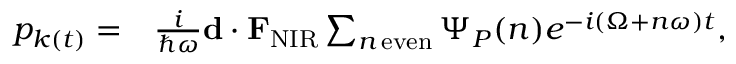
\begin{array} { r l } { p _ { k ( t ) } = } & { { } \frac { i } { \hbar \omega } { \bf d } \cdot { \bf F } _ { \mathrm { N I R } } \sum _ { n \, \mathrm { e v e n } } \Psi _ { P } ( n ) e ^ { - i ( \Omega + n \omega ) t } , } \end{array}